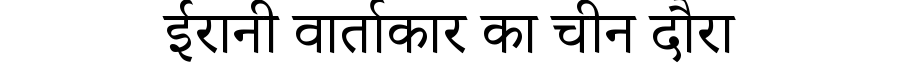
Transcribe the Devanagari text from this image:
ईरानी वार्ताकार का चीन दौरा